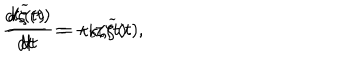
\frac { d \zeta ( t ) } { d t } = - \kappa _ { b } { \widetilde \zeta } ( t ) , \hspace { 1 . 0 i n } \frac { d { \widetilde \zeta } ( t ) } { d t } = \kappa _ { b } \zeta ( t ) .